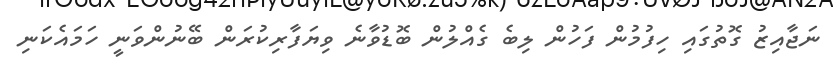
ނަޖާއިޒު ގޮތުގައި ހިފުމުން ފަހުން ލިބެ ގެއްލުން ބޮޑުވާނެ ވިޔަފާރިކުރަން ބޭނުންވަނީ ހަމައެކަނި